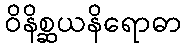
ဝိနိစ္ဆယနိရောဓာ